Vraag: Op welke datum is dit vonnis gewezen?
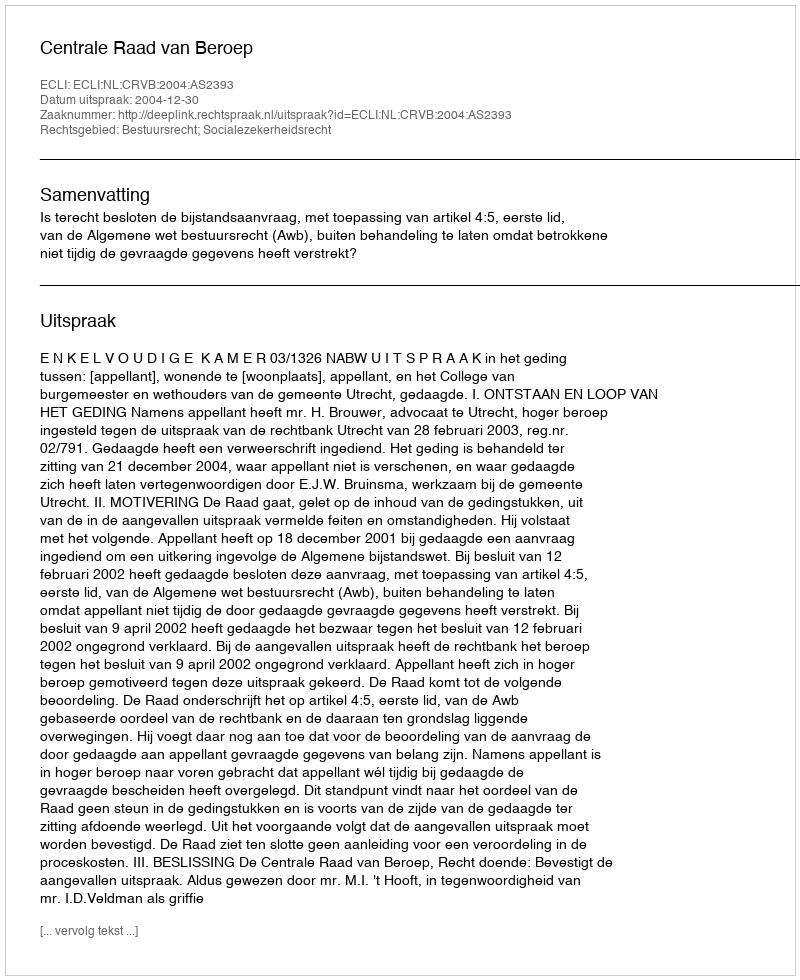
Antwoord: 2004-12-30